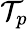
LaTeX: \mathcal{T}_{p}